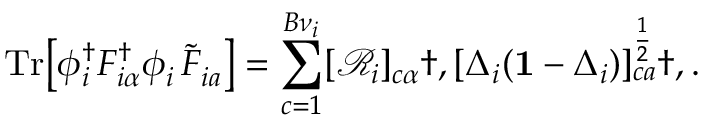
\mathrm { T r } \big [ \phi _ { i } ^ { \dagger } F _ { i \alpha } ^ { \dagger } \phi _ { i } ^ { \phantom { \dagger } } \tilde { F } _ { i a } ^ { \phantom { \dagger } } \big ] = \sum _ { c = 1 } ^ { B { \nu } _ { i } } [ \mathcal { R } _ { i } ] _ { c \alpha } \dag , [ \Delta _ { i } ( \mathbf { 1 } - \Delta _ { i } ) ] _ { c a } ^ { \frac { 1 } { 2 } } \dag , .